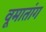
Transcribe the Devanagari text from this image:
वूमातांग